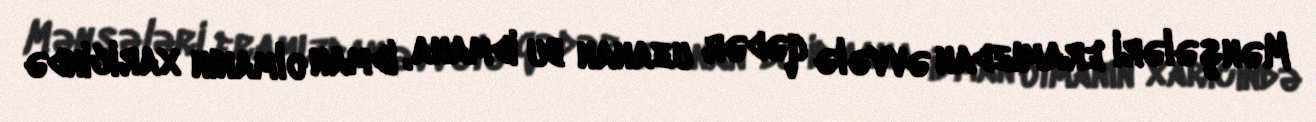
Mənşələri eramızdan əvvələ qədər uzanan bu idmana, idman olmanın xaricində